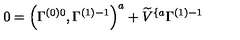
0 = \left( \Gamma _ { } ^ { \left( 0 \right) 0 } , \Gamma _ { } ^ { \left( 1 \right) - 1 } \right) ^ { a } + \widetilde { V } ^ { \{ a } \Gamma _ { } ^ { \left( 1 \right) - 1 }